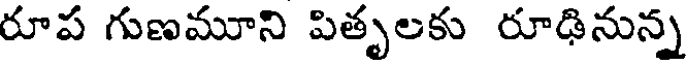
రూప గుణమూని పితృలకు రూఢినున్న